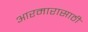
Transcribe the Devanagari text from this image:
आरमारासाठी